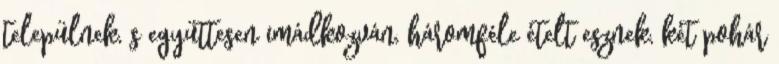
települnek, s együttesen imádkozván, háromféle ételt esznek, két pohár